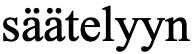
säätelyyn